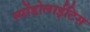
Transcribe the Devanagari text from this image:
स्पोंडोलाईटिस